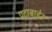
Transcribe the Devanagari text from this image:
पटाबाहेर